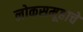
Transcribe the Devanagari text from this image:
लोकसमूहाचे